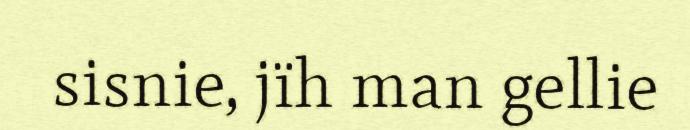
sisnie, jïh man gellie